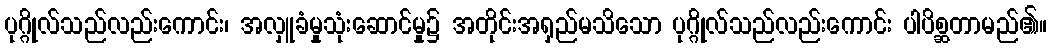
ပုဂ္ဂိုလ်သည်လည်းကောင်း၊ အလှူခံမှုသုံးဆောင်မှု၌ အတိုင်းအရှည်မသိသော ပုဂ္ဂိုလ်သည်လည်းကောင်း ပါပိစ္ဆတာမည်၏။